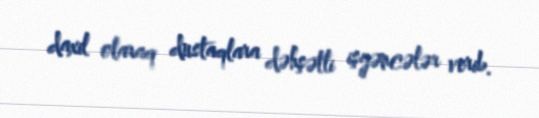
daxil olaraq dustaqlara dəhşətli işgəncələr verib.